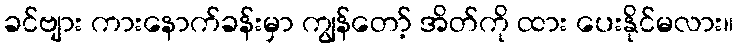
ခင်ဗျား ကားနောက်ခန်းမှာ ကျွန်တော့် အိတ်ကို ထား ပေးနိုင်မလား။